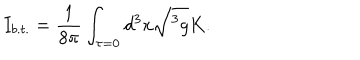
I _ { b . t . } = \frac 1 { 8 \pi } \int _ { \tau = 0 } d ^ { 3 } x \sqrt { ^ 3 g } K .